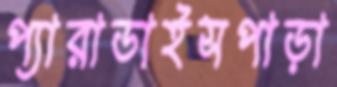
প্যারাডাইসপাড়া